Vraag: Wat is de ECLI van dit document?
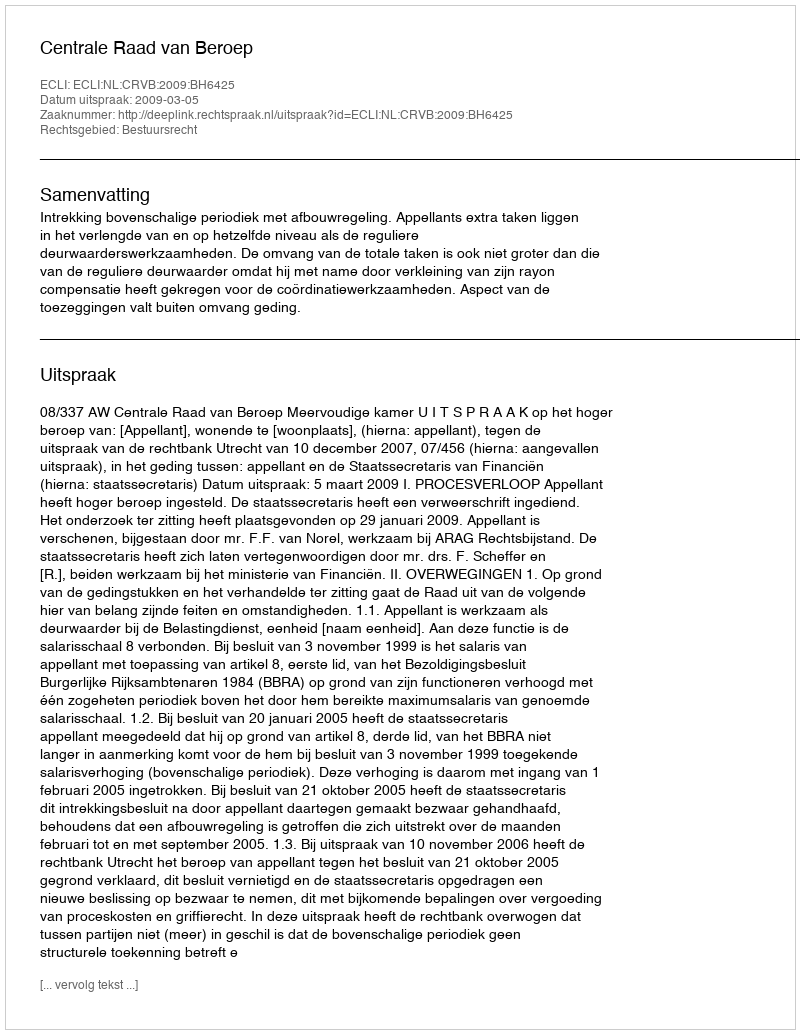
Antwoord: ECLI:NL:CRVB:2009:BH6425